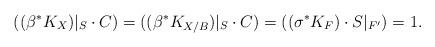
LaTeX: \begin{align*} ((\beta^*K_X)|_S \cdot C) = ((\beta^*K_{X/B})|_S\cdot C) =((\sigma^*K_F) \cdot S|_{F'}) = 1.\end{align*}